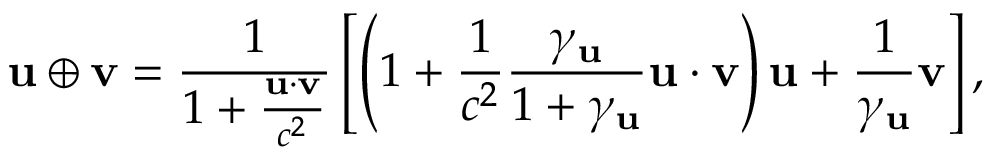
\mathbf { u } \oplus \mathbf { v } = { \frac { 1 } { 1 + { \frac { \mathbf { u } \cdot \mathbf { v } } { c ^ { 2 } } } } } \left[ \left( 1 + { \frac { 1 } { c ^ { 2 } } } { \frac { \gamma _ { \mathbf { u } } } { 1 + \gamma _ { \mathbf { u } } } } \mathbf { u } \cdot \mathbf { v } \right) \mathbf { u } + { \frac { 1 } { \gamma _ { \mathbf { u } } } } \mathbf { v } \right] ,